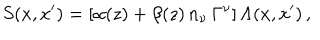
LaTeX: S ( x , x ^ { \prime } ) = [ \alpha ( z ) + \beta ( z ) \, n _ { \nu } \, \Gamma ^ { \nu } ] \, \Lambda ( x , x ^ { \prime } ) \, ,